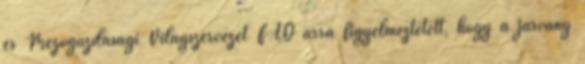
és Mezőgazdasági Világszervezet FAO arra figyelmeztetett, hogy a járvány